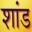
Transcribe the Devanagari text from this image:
शांड